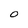
Character: O